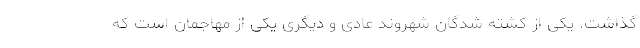
گذاشت. یکی از کشته شدگان شهروند عادی و دیگری یکی از مهاجمان است که